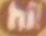
HI!